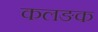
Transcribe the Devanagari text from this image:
कलङक